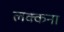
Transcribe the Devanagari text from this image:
लक्कना